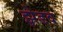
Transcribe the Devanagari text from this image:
झेडव